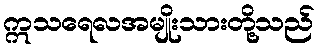
ဣသရေလအမျိုးသားတို့သည်